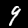
Digit: 9